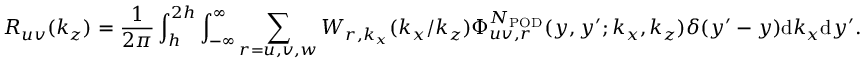
R _ { u v } ( k _ { z } ) = \frac { 1 } { 2 \pi } \int _ { h } ^ { 2 h } \int _ { - \infty } ^ { \infty } \sum _ { r = u , v , w } W _ { r , k _ { x } } ( k _ { x } / k _ { z } ) \Phi _ { u v , r } ^ { N _ { \mathrm { P O D } } } ( y , y ^ { \prime } ; k _ { x } , k _ { z } ) \delta ( y ^ { \prime } - y ) \mathrm { d } k _ { x } \mathrm { d } y ^ { \prime } .